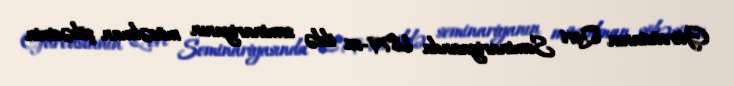
Gürcüstanın Qori Seminariyasında 1879-cu ildə seminariyanın müsəlman şöbəsinin